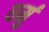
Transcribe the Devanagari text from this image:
धर्मु